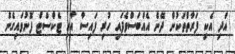
އަދި އެކި ފަރާތްތަކުން ދޭން އެއްބަސްވެފައި ހުރި ފައިސާ އާއި ޓެކްސްޓް ފޮނުވައިގެން